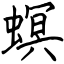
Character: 螟